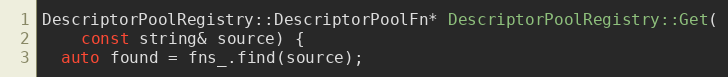
Language: C++
DescriptorPoolRegistry::DescriptorPoolFn* DescriptorPoolRegistry::Get(
    const string& source) {
  auto found = fns_.find(source);